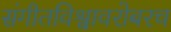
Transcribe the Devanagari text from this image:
संगीतविश्वावरोबरच